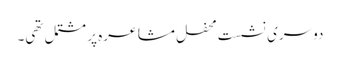
دوسری نشست محفلِ مشاعرہ پر مشتمل تھی۔